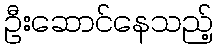
ဦးဆောင်နေသည့်